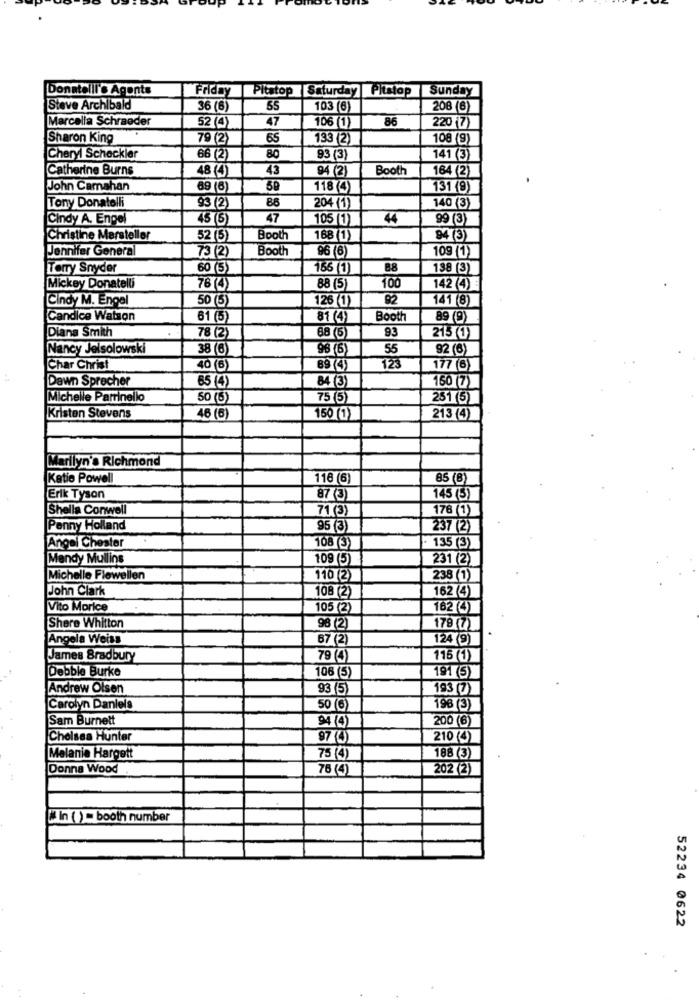
Donatelli's Agents
Friday
Pitstop Saturday Pitstop Sunday
Steve Archibald
36 (6)
55
103 (6)
208 (6
Marcella Schraeder
52 (4)
47
86
106(1)
220 (7)
Sharon King
79 (2)
65
133 (2)
108 (9)
Cheryl Scheckler
66 (2)
80
93 (3)
141 (3)
Catherine Burns
48 (4)
43
94 (2)
Booth
164 (2)
John Camahan
89 (6)
118 (4)
131 (9)
86
Tony Donatelli
93 (2)
204 (1)
140 (3)
Cindy A. Engel
45 (5)
47
105 (1)
44
99 (3)
Christine Marsteller
52 (5)
Booth
188 (1)
94(3)
Jennifer General
73 (2)
Booth
96 (6)
109 (1)
Torry Snyder
60 (3)
156 (1)
88
138 (3)
Mickey Donatelli
78 (4)
88 (5)
100
142 (4)
Cindy M. Engel
50 (5)
126 (1)
92
141 (8)
Candice Watson
61 (5)
81 (4)
Booth
89 (9)
Diana Smith
78 (2)
93
88 (5)
215 (1)
Nancy Jelsolowski
38 6
98 (6)
55
92 (6)
Char Christ
40 (6)
69 (4)
123
177 (6)
Dawn Sprecher
85 (4)
150 (7)
84 (3)
Michelle Parrinello
50 (5
75 (5)
251 (5)
Kristen Stevens
46 (6
150 (1)
213 (4)
Marilyn's Richmond
Katie Powell
118 (6)
85 (8)
Erik Tyson
87 (3)
145 (5)
Shella Conwell
71 (3)
176 (1)
Penny Holland
95 (3)
237 (2)
Angel Chester
108 (3)
135 (3)
Mendy Mullins
109 (5)
231 (2)
Michelle Flewellen
110(2)
238 (1)
John Clark
108 (2)
162 (4)
Vito Morice
105 (2)
182 ())
Shere Whitton
98 (2)
179 (7)
Angela Weiss
67 (2)
124 (9)
James Bradbury
79 (4)
115 (1)
Debbie Burke
191 5)
106 (5)
Andrew Olsen
93 (5)
193 (7)
Carolyn Daniels
50 (6)
196 (3)
Sam Burnett
94 (4)
200 (6)
Chelsea Hunter
97 ()
210 ( 4)
Melanie Hargett
75 (4)
188 (3)
Donna Wood
76 (4)
202 (2)
In () = booth number
52234 0622